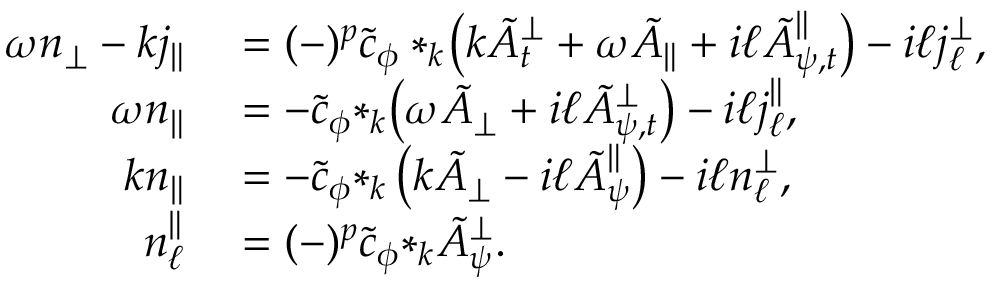
\begin{array} { r l } { \omega { n _ { \perp } } - k { j _ { \| } } } & { { } = ( - ) ^ { p } \tilde { c } _ { \phi } * _ { k } \! \left( k { \tilde { A } _ { t } ^ { \perp } } + \omega { \tilde { A } _ { \| } } + i \ell { \tilde { A } _ { \psi , t } ^ { \| } } \right) - i \ell { j _ { \ell } ^ { \perp } } , } \\ { \omega { n } _ { \| } } & { { } = - \tilde { c } _ { \phi } { * _ { k } \! \left( \omega \tilde { A } _ { \perp } + i \ell \tilde { A } _ { \psi , t } ^ { \perp } \right) } - i \ell j _ { \ell } ^ { \| } , } \\ { k { n _ { \| } } } & { { } = - \tilde { c } _ { \phi } { * _ { k } \left( k \tilde { A } _ { \perp } - i \ell \tilde { A } _ { \psi } ^ { \| } \right) } - i \ell { n _ { \ell } ^ { \perp } } , } \\ { n _ { \ell } ^ { \| } } & { { } = ( - ) ^ { p } \tilde { c } _ { \phi } { * _ { k } \tilde { A } _ { \psi } ^ { \perp } } . } \end{array}